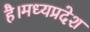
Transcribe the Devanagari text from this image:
है।मध्यप्रदेश